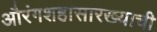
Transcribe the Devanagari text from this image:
औरंगशहासारख्याची